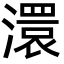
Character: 澴